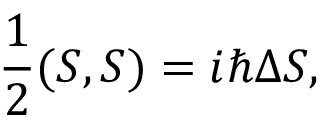
{ \frac { 1 } { 2 } } ( S , S ) = i \hbar \Delta S ,